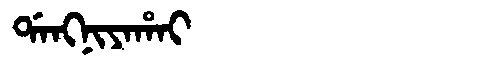
Manchu: ᡩᠠᠩᠨᡳᠶᠠᡥᠠᡳ
Romanization: DANGNIYAHAI